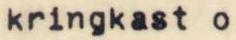
kringkast o